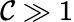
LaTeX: \mathcal{C}\gg1